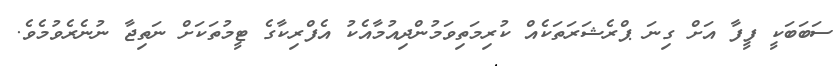
ސަބަބަކީ ފީފާ އަށް ގިނަ ޕްރެޝަރަތަކެއް ކުރިމަތިވަމުންދިއުމާއެކު އެފްރިކާގެ ޓީމުތަކަށް ނަތިޖާ ނުނެރެވުމެވެ.